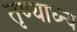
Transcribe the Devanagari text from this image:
तृण्याध्न्य